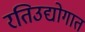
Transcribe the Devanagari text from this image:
रतिउद्योगात